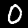
Label: 0